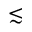
\lesssim